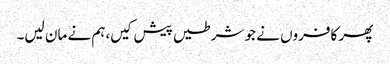
پھر کافروں نے جو شرطیں پیش کیں،ہم نے مان لیں۔